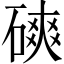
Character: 磢